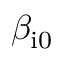
\beta _ { \mathrm { i 0 } }